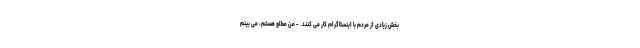
بخش زیادی از مردم با اینستاگرام کار می کنند. - من مطلع هستم، می بینم